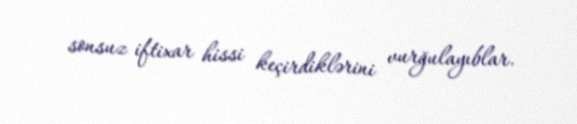
sonsuz iftixar hissi keçirdiklərini vurğulayıblar.